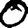
Digit: 0